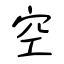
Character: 空